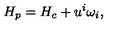
H _ { p } = H _ { c } + u ^ { i } \omega _ { i } ,